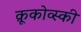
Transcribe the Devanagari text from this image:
क्रूकोव्स्की